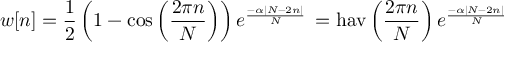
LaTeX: w [ n ] = { \frac { 1 } { 2 } } \left( 1 - \cos \left( { \frac { 2 \pi n } { N } } \right) \right) e ^ { \frac { - \alpha \left| N - 2 n \right| } { N } } \, = \operatorname { h a v } \left( { \frac { 2 \pi n } { N } } \right) e ^ { \frac { - \alpha \left| N - 2 n \right| } { N } }